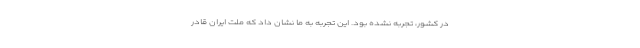
در کشور، تجربه نشده بود. این تجربه به ما نشان ‌داد که ملّت ایران قادر